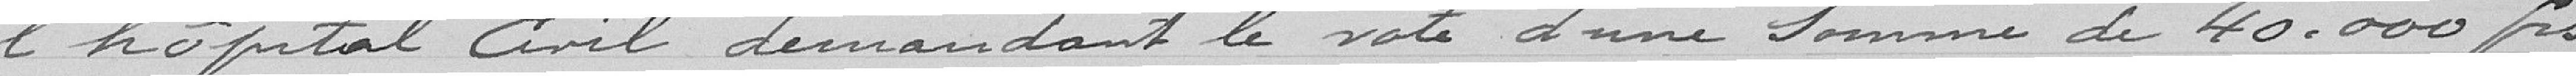
l'hopital Civil demandant le vote d'une somme de 40.000 frs